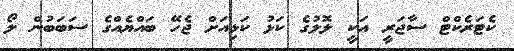
ކެޓަރެކްޓް ސާޖަރީ އަކީ ލޮލުގެ ކަޅު ކަޅިއަށް ޖެހޭ ބައްޔެއްގެ ސަބަބުން ލޯ